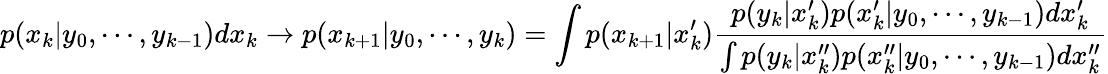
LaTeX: p(x_{k}|y_{0},\cdots,y_{k-1})dx_{k}\to p(x_{k+1}|y_{0},\cdots,y_{k})=\int p(x_{k+1}|x_{k}^{\prime}){\frac{p(y_{k}|x_{k}^{\prime})p(x_{k}^{\prime}|y_{0},\cdots,y_{k-1})dx_{k}^{\prime}}{\int p(y_{k}|x_{k}^{\prime\prime})p(x_{k}^{\prime\prime}|y_{0},\cdots,y_{k-1})dx_{k}^{\prime\prime}}}